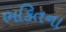
ભકિતના